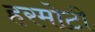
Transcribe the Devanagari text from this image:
हरमोटी